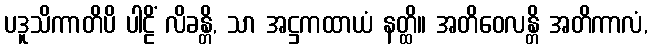
ပဒူသိကာတိပိ ပါဠိံ လိခန္တိ, သာ အဋ္ဌကထာယံ နတ္ထိ။ အတိဝေလန္တိ အတိကာလံ,